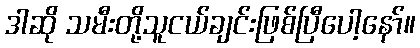
ဒါဆို သမီးတို့သူငယ်ချင်းဖြစ်ပြီပေါ့နော်။